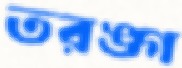
তরঙ্গ